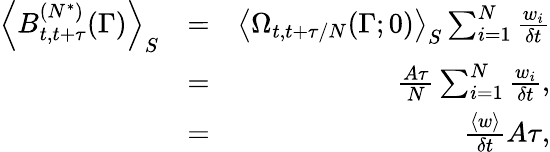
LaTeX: \begin{array}{rlr}{\left<B_{t,t+\tau}^{(N^{*})}(\Gamma)\right>_{S}}&{=}&{\left<\Omega_{t,t+\tau/N}(\Gamma;0)\right>_{S}\sum_{i=1}^{N}\frac{w_{i}}{\delta t}}\\ &{=}&{\frac{A\tau}{N}\sum_{i=1}^{N}\frac{w_{i}}{\delta t},}\\ &{=}&{\frac{\left<w\right>}{\delta t}A\tau,}\end{array}